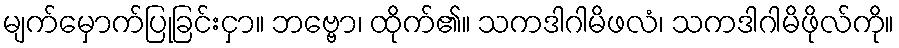
မျက်မှောက်ပြုခြင်းငှာ။ ဘဗ္ဗော၊ ထိုက်၏။ သကဒါဂါမိဖလံ၊ သကဒါဂါမိဖိုလ်ကို။